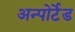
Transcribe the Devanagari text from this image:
अन्पोर्टेड